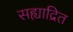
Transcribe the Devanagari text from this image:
सह्याद्रित